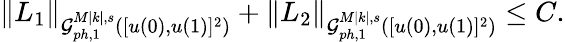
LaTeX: \begin{array}{r}{\| L_{1}\| _{\mathcal{G}_{ph,1}^{M|k|,s}([u(0),u(1)]^{2})}+\| L_{2}\| _{\mathcal{G}_{ph,1}^{M|k|,s}([u(0),u(1)]^{2})}\leq C.}\end{array}